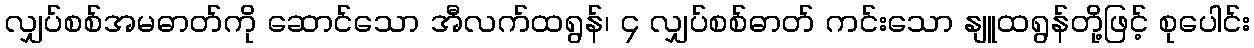
လျှပ်စစ်အမဓာတ်ကို ဆောင်သော အီလက်ထရွန်၊ ၄ လျှပ်စစ်ဓာတ် ကင်းသော နျူထရွန်တို့ဖြင့် စုပေါင်း